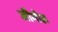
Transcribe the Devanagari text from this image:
जीमोल